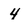
Character: 4